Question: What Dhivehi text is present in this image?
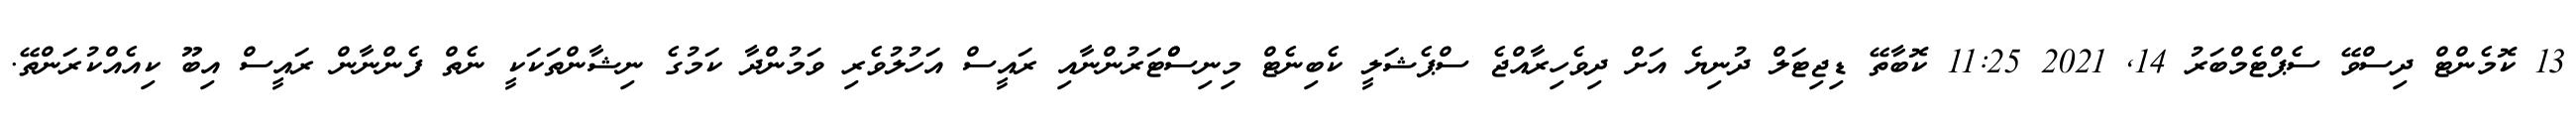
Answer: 13 ކޮމެންޓް ދިސްވޭ ސެޕްޓެމްބަރު 14, 2021 11:25 ކޮބާތޭ ޑިޖިޓަލް ދުނިޔެ އަށް ދިވެހިރާއްޖެ ސްޕެޝަލީ ކެބިނެޓް މިނިސްްޓަރުންނާއި ރައީސް އަހުލުވެރި ވަމުންދާ ކަމުގެ ނިޝާންތަކަކީ ނެތް ފެންނާން ރައީސް އިބޫ ކިއެއްކުރަންތޭ.